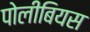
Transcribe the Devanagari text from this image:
पोलीबियस